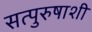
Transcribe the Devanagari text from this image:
सत्पुरुषाशी